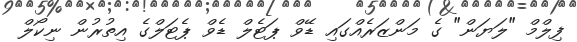
ފިލްމް "ލަޔަން" ގެ މަންޒަރެއްގައި ޑޭވް ޕަޓެލް ޑެވް ޕެޓަލްގެ އިތުރުން ނިކޯލް